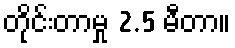
တိုင်းတာမှု 2.5 မီတာ။